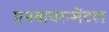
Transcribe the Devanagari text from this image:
एनवायरन्मेंटल